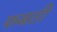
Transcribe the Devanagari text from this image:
फबती